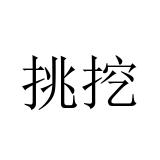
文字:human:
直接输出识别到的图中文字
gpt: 挑挖